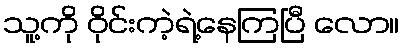
သူ့ကို ဝိုင်းကဲ့ရဲ့နေကြပြီ လော။